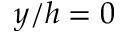
y / h = 0